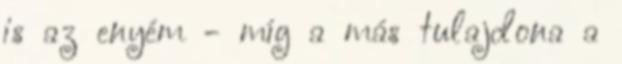
is az enyém - míg a más tulajdona a